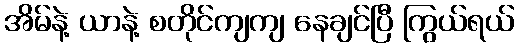
အိမ်နဲ့ ယာနဲ့ စတိုင်ကျကျ နေချင်ပြီ ကြွယ်ရယ်